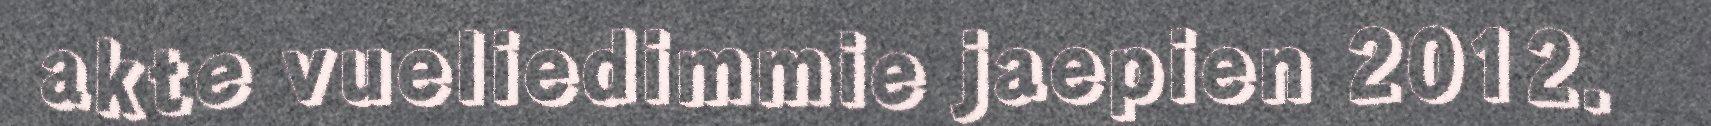
akte vueliedimmie jaepien 2012.